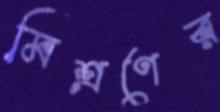
মিশ্রণের